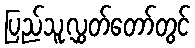
ပြည်သူ့လွှတ်တော်တွင်